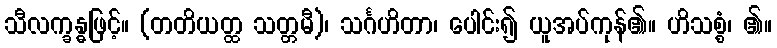
သီလက္ခန္ဓဖြင့်။ (တတိယတ္ထ သတ္တမီ)၊ သင်္ဂဟိတာ၊ ပေါင်း၍ ယူအပ်ကုန်၏။ ဟိသစ္စံ၊ ၏။